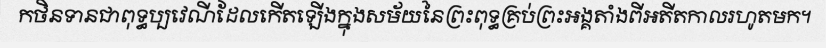
កថិនទានជាពុទ្ធប្បវេណីដែលកើតឡើងក្នុងសម័យនៃព្រះពុទ្ធគ្រប់ព្រះអង្គតាំងពីអតីតកាលរហូតមក។